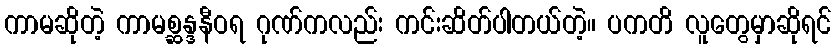
ကာမဆိုတဲ့ ကာမစ္ဆန္ဒနီဝရ ဂုဏ်ကလည်း ကင်းဆိတ်ပါတယ်တဲ့။ ပကတိ လူတွေမှာဆိုရင်